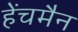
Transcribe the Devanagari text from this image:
हेंचमैन